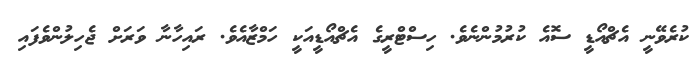
ކުރެވޭނީ އެޗްއޯޑީ ސޮއެ ކުރުމުންނެވެ. ހިސްޓްރީގެ އެޗްއޯޑީއަކީ ހަމްޒާއެވެ. ރައިހާނާ ވަރަށް ޖެހިލުންވެފައި